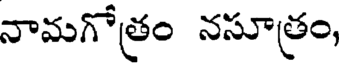
నామగోత్రం నసూత్రం,